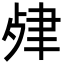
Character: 𦘖